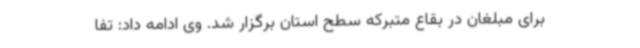
برای مبلغان در بقاع متبرکه سطح استان برگزار شد. وی ادامه داد: تفا